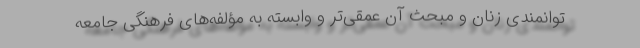
توانمندی زنان و مبحث آن عمقی‌تر و وابسته به مؤلفه‌های فرهنگی جامعه